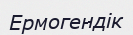
Ермогендік